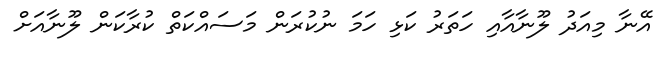
އޭނާ މިއަދު ލޫނާއާއި ހަތަރު ކަޅި ހަމަ ނުކުރަން މަސައްކަތް ކުރާކަން ލޫނާއަށް